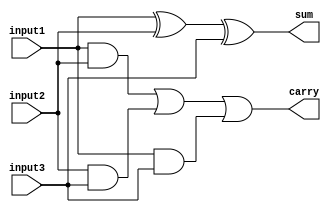
module fulladder_behavioral(sum, carry, input1, input2, input3);

  input input1 , input2, input3;
  output reg sum , carry;

  //Behavioral

  always @(*)
    begin
      sum = input1  ^ input2 ^ input3;
      carry = (input1 & input2) | (input2 & input3) | (input1 & input3);
    end

endmodule

module fulladder_test;

  //inputs
  reg input1;
  reg input2;
  reg input3;

  //outputs
  wire sum;
  wire carry;

  //instantiat unit under test
  fulladder_behavioral ha ( .sum(sum), .carry(carry), .input1(input1), .input2(input2), .input3(input3));

  initial begin

    {input1, input2, input3} = 3'b000;
    #2 {input1, input2, input3} = 3'b001;
    #2 {input1, input2, input3} = 3'b010;
    #2 {input1, input2, input3} = 3'b011;
    #2 {input1, input2, input3} = 3'b100;
    #2 {input1, input2, input3} = 3'b101;
    #2 {input1, input2, input3} = 3'b110;
    #2 {input1, input2, input3} = 3'b111;

  end

  initial begin
    $dumpfile("fulladder_behavioral.vcd");
    $dumpvars(0, fulladder_test);
    $monitor("time=%g,sum =%b,carry =%b,a=%b,b=%b,c=%b", $time, sum, carry, input1, input2, input3);
  end
  initial #10 $finish; 

endmodule